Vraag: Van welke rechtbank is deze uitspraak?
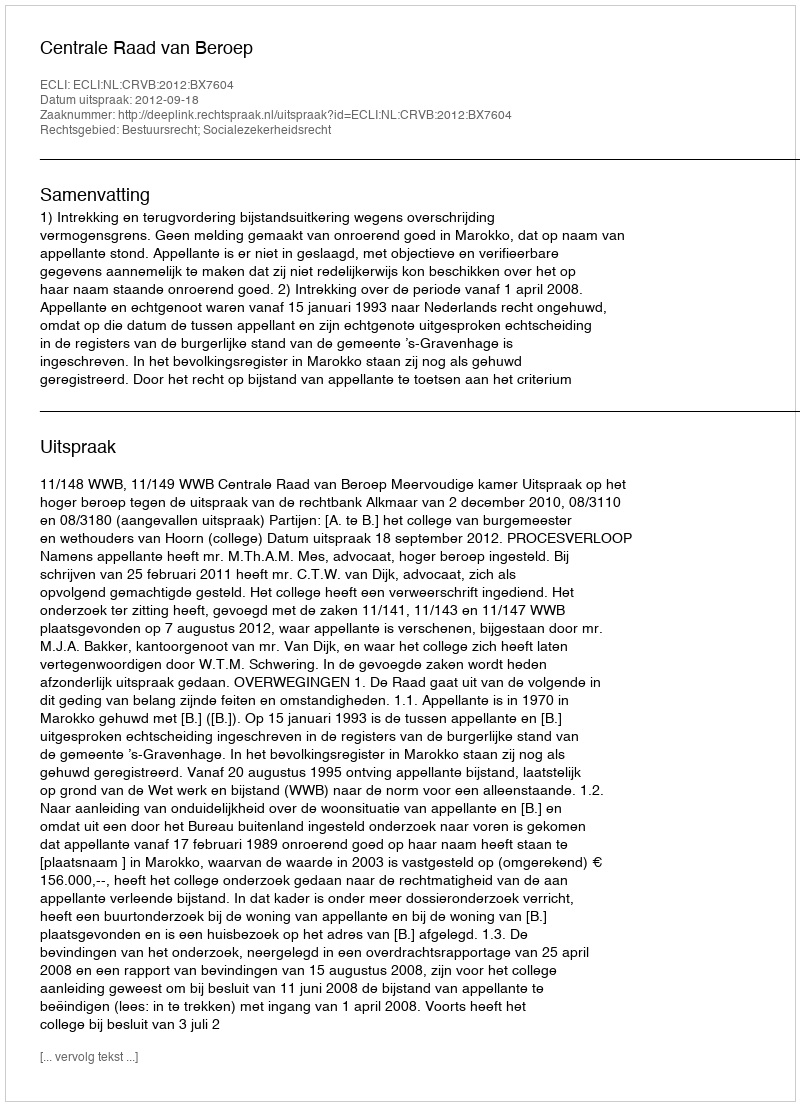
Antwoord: Centrale Raad van Beroep